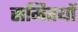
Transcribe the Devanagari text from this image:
समितयों